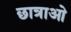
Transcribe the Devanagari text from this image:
छात्राओ